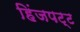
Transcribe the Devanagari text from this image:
हिंजपट्ट